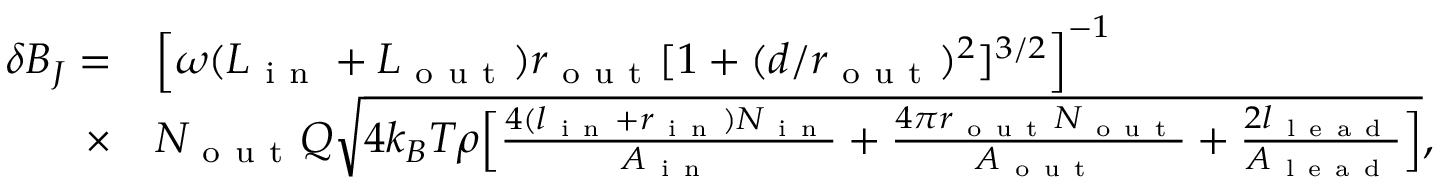
\begin{array} { r l } { \delta B _ { J } = } & { { } \Big [ { \omega ( L _ { \mathrm { ~ i ~ n ~ } } + L _ { \mathrm { ~ o ~ u ~ t ~ } } ) r _ { \mathrm { ~ o ~ u ~ t ~ } } } [ 1 + ( d / r _ { \mathrm { ~ o ~ u ~ t ~ } } ) ^ { 2 } ] ^ { 3 / 2 } \Big ] ^ { - 1 } } \\ { \times } & { { } N _ { \mathrm { ~ o ~ u ~ t ~ } } Q \sqrt { 4 k _ { B } T \rho \Big [ \frac { 4 ( l _ { \mathrm { ~ i ~ n ~ } } + r _ { \mathrm { ~ i ~ n ~ } } ) N _ { \mathrm { ~ i ~ n ~ } } } { A _ { \mathrm { ~ i ~ n ~ } } } + \frac { 4 \pi r _ { \mathrm { ~ o ~ u ~ t ~ } } N _ { \mathrm { ~ o ~ u ~ t ~ } } } { A _ { \mathrm { ~ o ~ u ~ t ~ } } } + \frac { 2 l _ { \mathrm { ~ l ~ e ~ a ~ d ~ } } } { A _ { \mathrm { ~ l ~ e ~ a ~ d ~ } } } \Big ] } , } \end{array}